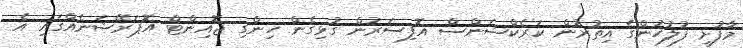
މާފުށީ ފުލުހުންގެ އިތުރުން ކަރެކްޝަންސް އޮފިސަރުން ގުޅިގެން ހިންގި ޖޮއިންޓް އޮޕަރޭޝަނެއްގައި އެ